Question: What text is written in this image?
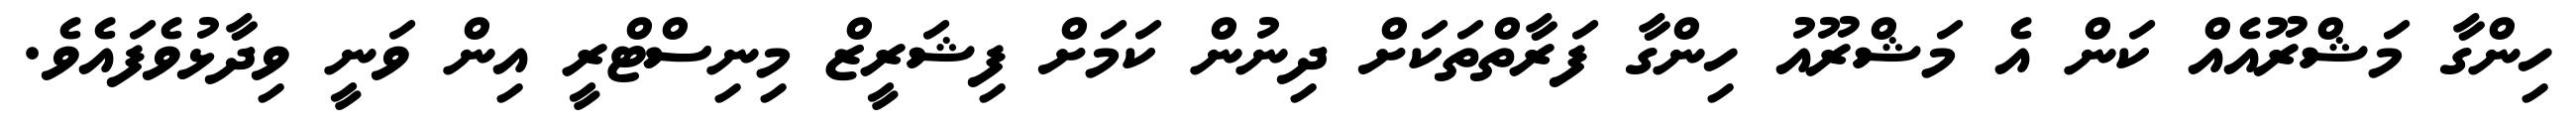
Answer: ހިންގާ މަޝްރޫއެއް ކަން އެ މަޝްރޫއު ހިންގާ ފަރާތްތަކަށް ދިނުން ކަމަށް ފިޝަރީޒް މިނިސްޓްރީ އިން ވަނީ ވިދާޅުވެފައެވެ.